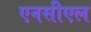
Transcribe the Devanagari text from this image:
एनसीएल